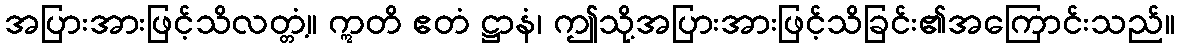
အပြားအားဖြင့်သိလတ္တံ့။ ဣတိ ဧတံ ဋ္ဌာနံ၊ ဤသို့အပြားအားဖြင့်သိခြင်း၏အကြောင်းသည်။